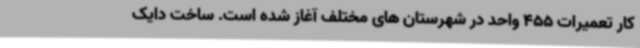
کار تعمیرات 455 واحد در شهرستان های مختلف آغاز شده است. ساخت دایک